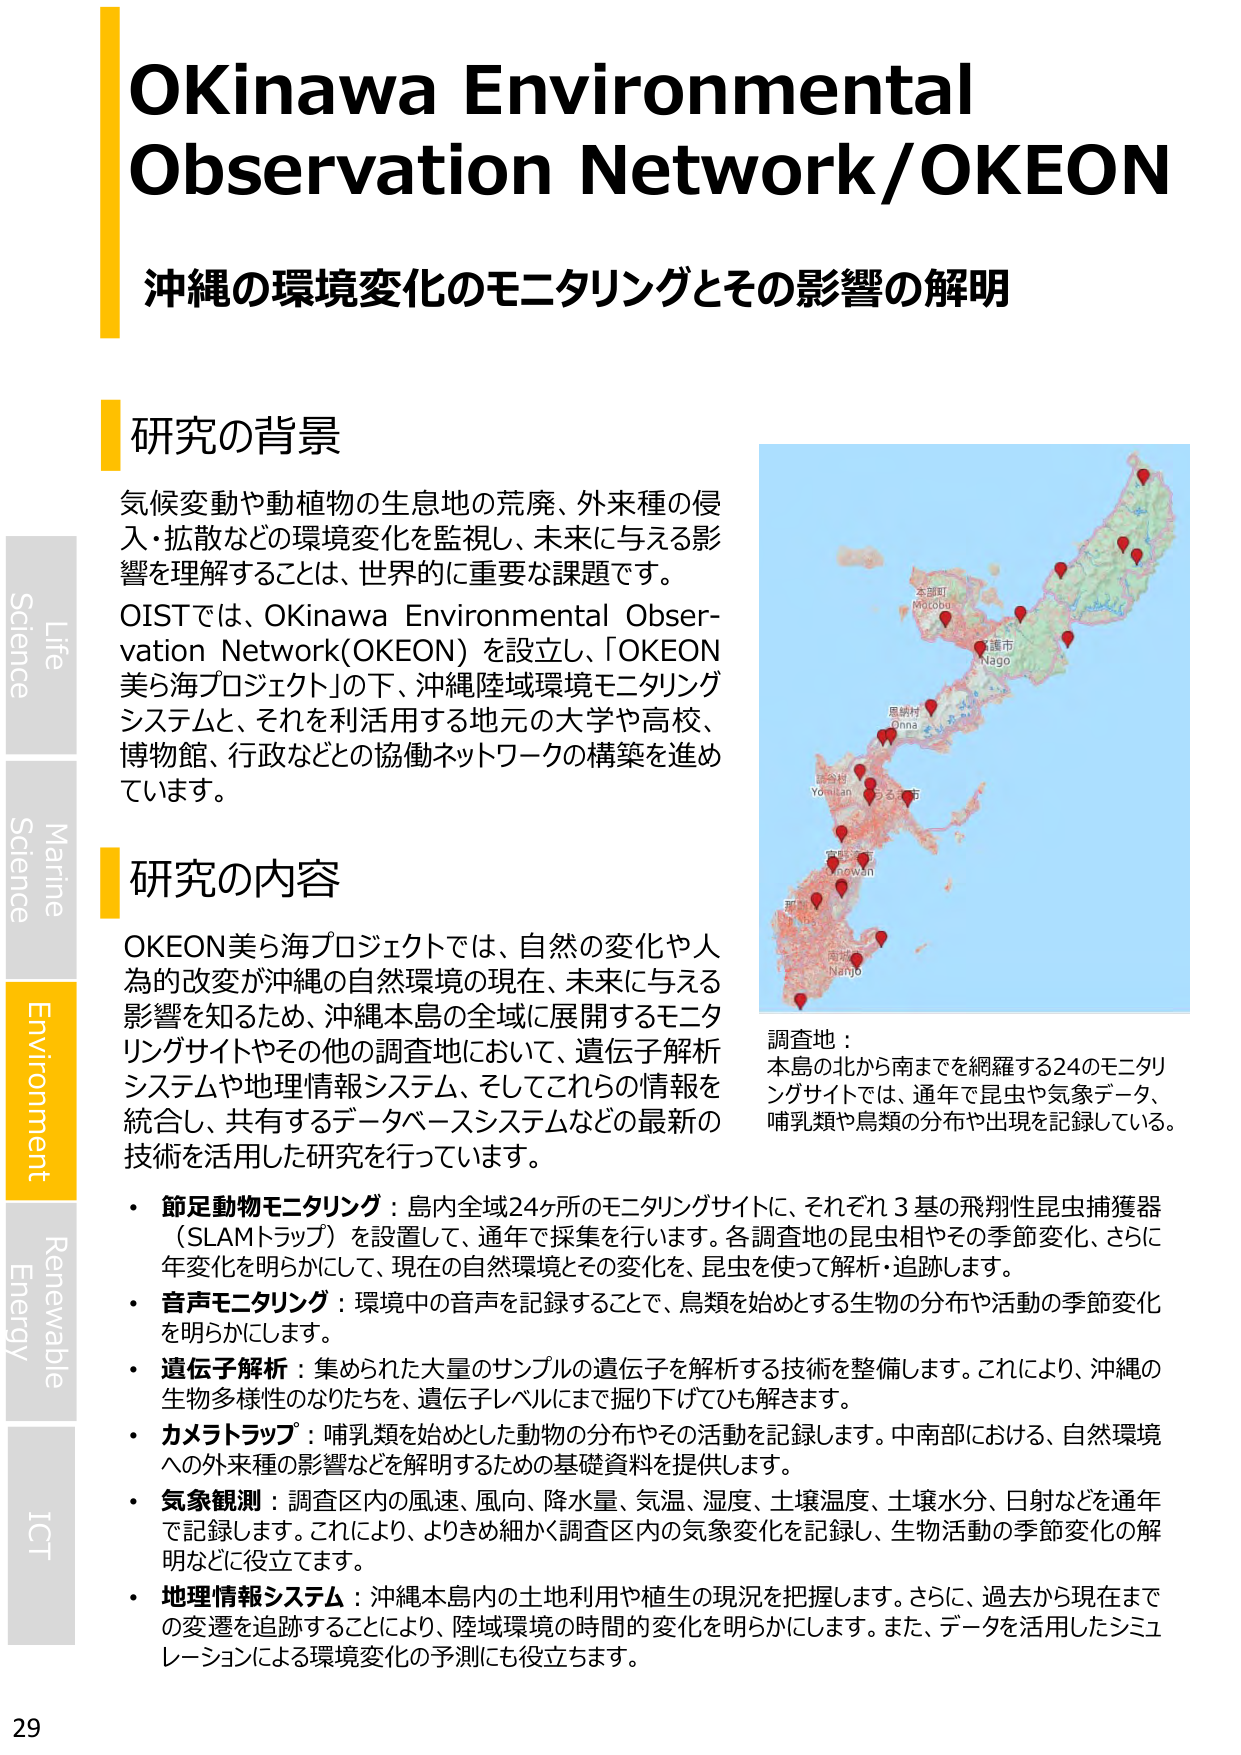
OKinawa Environmental Observation Network/OKEON
沖縄の環境変化のモニタリングとその影響の解明

研究の背景
気候変動や動植物の生息地の荒廃、外来種の侵入・拡散などの環境変化を監視し、未来に与える影響を理解することは、世界的に重要な課題です。
OISTでは、OKinawa Environmental Observation Network(OKEON) を設立、「OKEON美ら海プロジェクト」の下、沖縄陸域環境モニタリングシステムと、それを利活用する地元の大学や高校、博物館、行政などの協働ネットワークの構築を進めています。

研究の内容
OKEON美ら海プロジェクトでは、自然の変化や人為的改変が沖縄の自然環境の現在、未来に与える影響を知るために、沖縄本島の全域に展開するモニタリングサイトやその他の調査地において、遺伝子解析システムや地理情報システム、そしてこれらの情報を統合し、共有するデータベースシステムなどの最新の技術を活用した研究を行っています。

・節足動物モニタリング：島内全域24ヶ所のモニタリングサイトに、それぞれ3基の飛翔性昆虫捕獲器（SLAMトラップ）を設置して、通年で採集を行います。各調査地の昆虫相やその季節変化、さらに年変化を明らかにして、現在の自然環境とその変化を、昆虫を使って解析・追跡します。
・音声モニタリング：環境中の音声を記録することで、鳥類を始めとする生物の分布や活動の季節変化を明らかにします。
・遺伝子解析：集められた大量のサンプルの遺伝子を解析する技術を整備します。これにより、沖縄の生物多様性のなりたちを、遺伝子レベルにまで掘り下げても解きます。
・カメラトラップ：哺乳類を始めとした動物の分布やその活動を記録します。中南部における、自然環境への外来種の影響などを解明するための基礎資料を提供します。
・気象観測：調査区内の風速、風向、降水量、気温、湿度、土壤温度、土壤水分、日射などを通年で記録します。これにより、よりきめ細かく調査区内の気象変化を記録し、生物活動の季節変化の解明などに役立ちます。
・地理情報システム：沖縄本島内の土地利用や植生の現況を把握します。さらに、過去から現在までの変遷を追跡することにより、陸域環境の時間的変化を明らかにします。また、データを活用したシミュレーションによる環境変化の予測にも役立ちます。

調査地：
本島の北から南までを網羅する24のモニタリングサイトでは、通年で昆虫や気象データ、哺乳類や鳥類の分布や出現を記録している。

Life
Science
Marine
Science
Environment
Renewable
Energy
ICT
29

本部町
Motobu
那覇市
Nago
恩納村
Onna
読谷村
Yomitan
宜野湾市
Ginowan
南城市
Nanjo